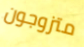
متزوجون